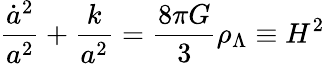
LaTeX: \frac{\dot{a}^{2}}{a^{2}}+\frac{k}{a^{2}}=\frac{8\pi G}{3}\rho_{\Lambda}\equiv H^{2}